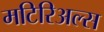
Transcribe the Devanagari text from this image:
मटिरिअल्स